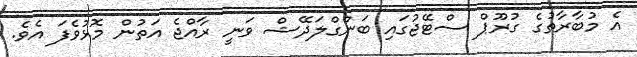
އެ މުބާރާތުގެ ގުރޫޕް ސްޓޭޖުގައި ބަންގްލަދޭޝް ވަނީ ރާއްޖެ އަތުން މޮޅުވެފަ އެވެ.